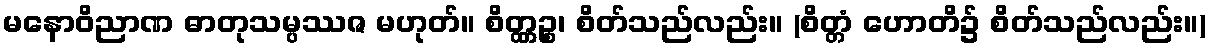
မနောဝိညာဏ ဓာတုသမ္ပဿဇ မဟုတ်။ စိတ္တ္ကဉ္စ၊ စိတ်သည်လည်း။ (စိတ္တံ ဟောတိ၌ စိတ်သည်လည်း။)